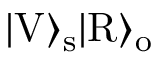
| \mathrm { V } \rangle _ { \mathrm { s } } | \mathrm { R } \rangle _ { \mathrm { o } }